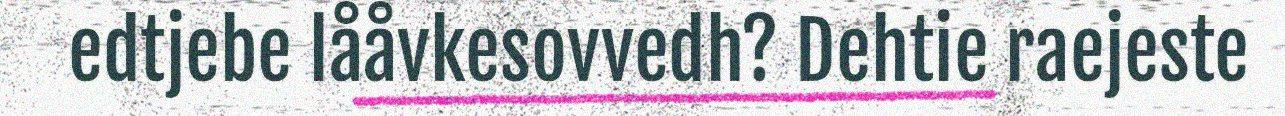
edtjebe lååvkesovvedh? Dehtie raejeste